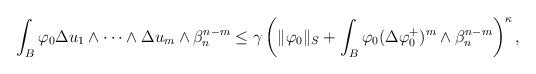
LaTeX: \begin{align*}\begin{aligned}\int_B\varphi_0 \Delta u_1\wedge\dots\wedge\Delta u_m\wedge\beta_n^{n-m}\leq \gamma\left(\|\varphi_0\|_S+\int_B \varphi_0(\Delta \varphi_0^{+})^m\wedge\beta_n^{n-m}\right)^\kappa,\end{aligned}\end{align*}